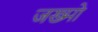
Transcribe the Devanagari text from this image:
जख्मो